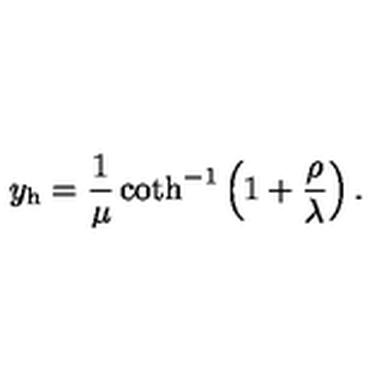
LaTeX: y _ { \mathrm { h } } = { \frac { 1 } { \mu } } \coth ^ { - 1 } \left( 1 + { \frac { \rho } { \lambda } } \right) .